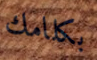
بكلامك